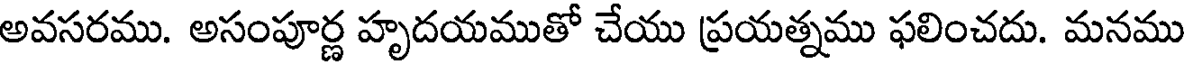
అవసరము. అసంపూర్ణ హృదయముతో చేయు ప్రయత్నము ఫలించదు. మనము